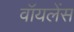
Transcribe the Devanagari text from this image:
वॉयलेंस